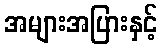
အများအပြားနှင့်